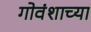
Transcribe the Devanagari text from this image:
गोवंशाच्या